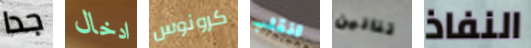
جدا ادخال كرونوس انقلب تنانين النفاذ